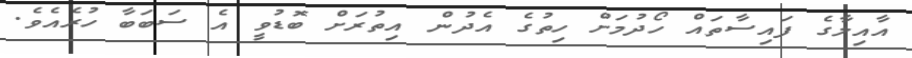
އާއިލާގެ ފައިސާތައް ހޯދުމަށް ހިތުގެ އެދުން އިތުރަށް ބޮޑުވީ އެ ސަބަބާ ހުރެއެވެ.